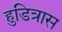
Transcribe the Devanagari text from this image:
हुडित्रास